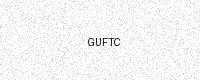
Text: GUFTC